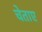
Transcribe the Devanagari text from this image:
चेताए